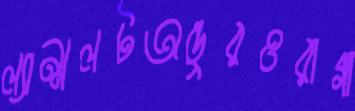
ল্যান্সলটঅন্তুরওরাগা